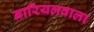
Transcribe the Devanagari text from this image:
नारियलवाला